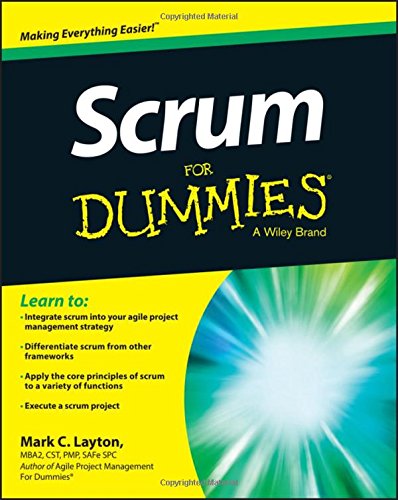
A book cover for Scrum For Dummies; Mark C. Layton; Computers & Technology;